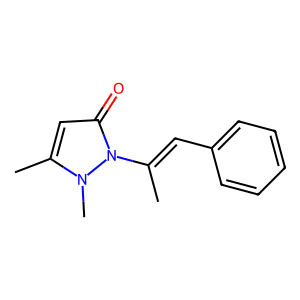
SMILES: CC(=Cc1ccccc1)n1c(=O)cc(C)n1C
Inhibits HIV replication: No